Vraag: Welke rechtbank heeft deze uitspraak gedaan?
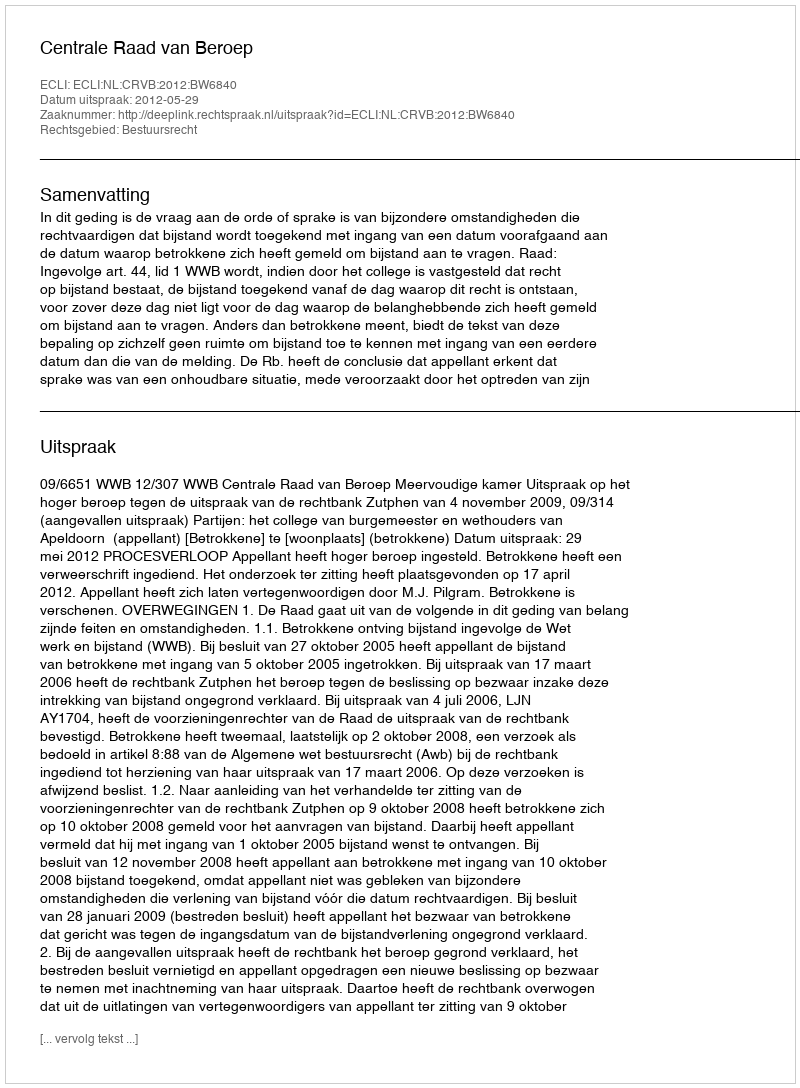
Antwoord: Centrale Raad van Beroep